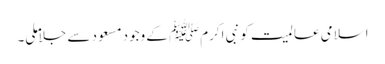
اسلامی عالمیت کو نبی اکرمﷺ کے وجود مسعود سے جلاملی۔